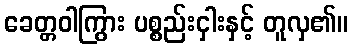
ခေတ္တဝါကြွား ပစ္စည်းငှါးနှင့် တူလှ၏။